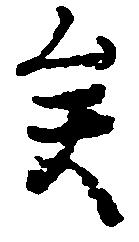
矣